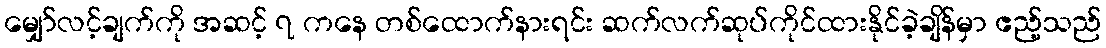
မျှော်လင့်ချက်ကို အဆင့် ၇ ကနေ တစ်ထောက်နားရင်း ဆက်လက်ဆုပ်ကိုင်ထားနိုင်ခဲ့ချိန်မှာ ဧည့်သည်